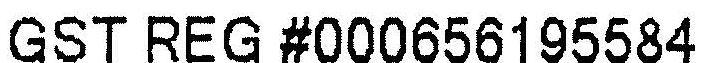
GST REG #000656195584